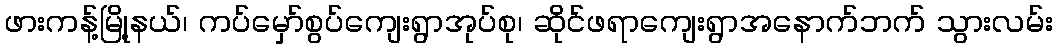
ဖားကန့်မြို့နယ်၊ ကပ်မှော်စွပ်ကျေးရွာအုပ်စု၊ ဆိုင်ဖရာကျေးရွာအနောက်ဘက် သွားလမ်း